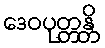
ဒေဝပုတ္တန္တိ